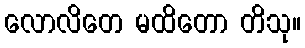
လောလိတေ မထိတော တိသု။